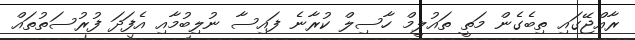
ރާއްޖޭގައި ތިބެގެން މަތީ ތައުލީމް ހާސިލް ކުރާނެ ފައިސާ ނުލިބުމާއި އެފަދަ ފުރުސަތުތައް